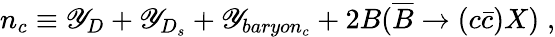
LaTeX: n_{c}\equiv\mathscr{Y}_{D}+\mathscr{Y}_{D_{s}}+\mathscr{Y}_{baryon_{c}}+2B(\overline{{{B}}}\rightarrow(c\bar{{c}})X)\; ,